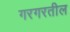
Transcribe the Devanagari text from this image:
गरगरतील